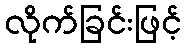
လိုက်ခြင်းဖြင့်